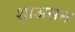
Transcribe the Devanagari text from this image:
शाअसन